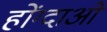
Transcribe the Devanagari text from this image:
होंग्दाओ